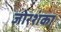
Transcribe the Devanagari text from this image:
जोरशंका